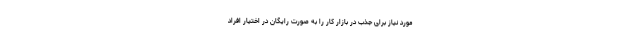
مورد نیاز برای جذب در بازار کار را به صورت رایگان در اختیار افراد